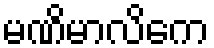
မဏိမာလိကေ